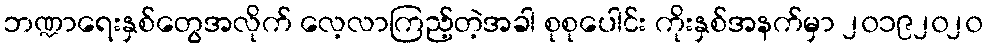
ဘဏ္ဍာရေးနှစ်တွေအလိုက် လေ့လာကြည့်တဲ့အခါ စုစုပေါင်း ကိုးနှစ်အနက်မှာ ၂၀၁၉၂၀၂၀